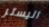
اليستر